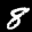
Label: 8